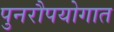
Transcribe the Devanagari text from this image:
पुनरौपयोगात